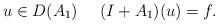
LaTeX: \begin{align*}u\in D(A_1)\,\,\,\,\,\,\,\,(I+A_1)(u)=f.\end{align*}